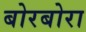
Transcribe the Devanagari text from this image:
बोरबोरा